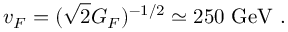
v _ { F } = ( \sqrt { 2 } G _ { F } ) ^ { - 1 / 2 } \simeq 2 5 0 ~ \mathrm { G e V } ~ .